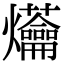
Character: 𤓝